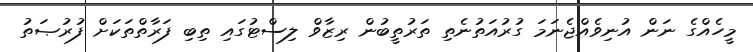
މީހެއްގެ ނަން އުނިވެއްޖެނަމަ ގުރުއަތުނެތި ތަރުތީބުން ރިޒާވް ލިސްޓުގައި ތިބި ފަރާތްތަކަށް ފުރުޞަތު